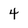
Character: 4